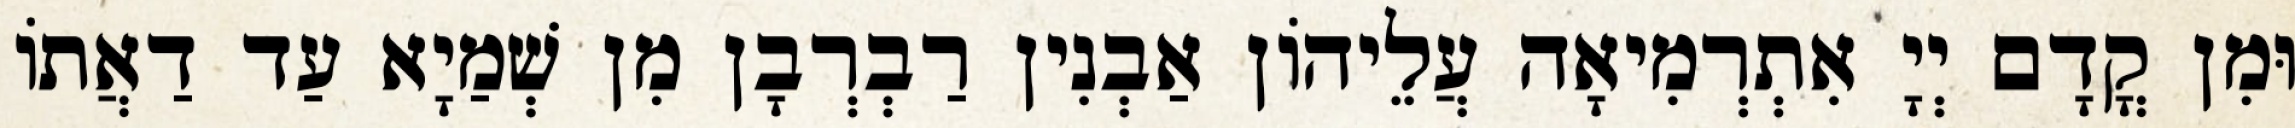
וּמִן קֳדָם יְיָ אִתְרְמִיאָה עֲלֵיהוֹן אַבְנִין רַבְרְבָן מִן שְׁמַיָא עַד דַאֲתוֹ